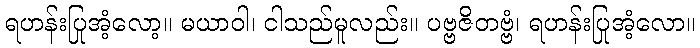
ရဟန်းပြုအံ့လော့။ မယာဝါ၊ ငါသည်မူလည်း။ ပဗ္ဗဇိတဗ္ဗံ၊ ရဟန်းပြုအံ့လော။